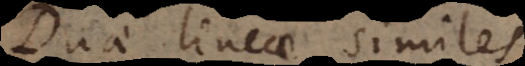
Duae lineae similes